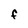
Character: f